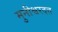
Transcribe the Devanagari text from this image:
मुनीश्वरदत्त